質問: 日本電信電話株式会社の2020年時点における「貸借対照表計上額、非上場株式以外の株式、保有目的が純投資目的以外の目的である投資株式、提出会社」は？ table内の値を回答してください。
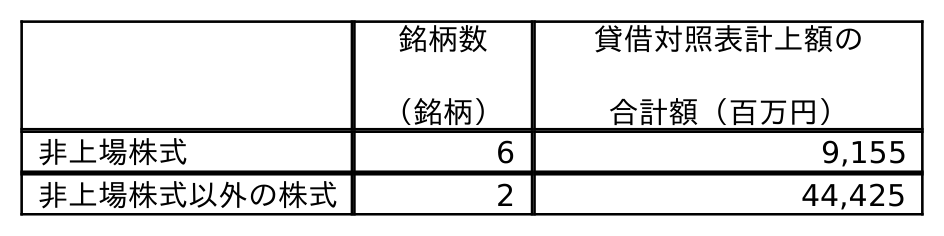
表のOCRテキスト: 銘柄数 （銘柄） 貸借対照表計上額の 合計額（百万円） 非上場株式 6 9,155 非上場株式以外の株式 2 44,425
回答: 44,425